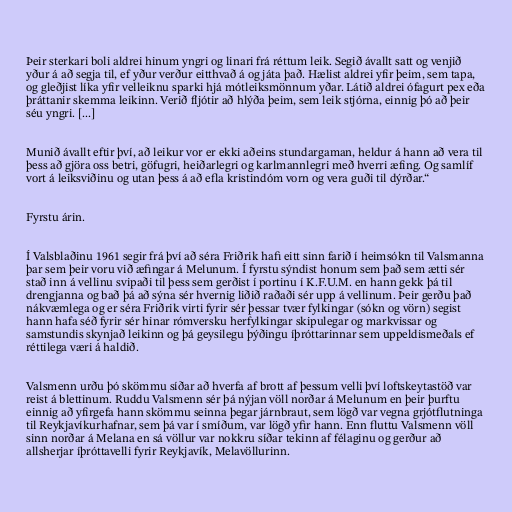
Þeir sterkari boli aldrei hinum yngri og linari frá réttum leik. Segið ávallt satt og venjið
yður á að segja til, ef yður verður eitthvað á og játa það. Hælist aldrei yfir þeim, sem tapa,
og gleðjist líka yfir velleiknu sparki hjá mótleiksmönnum yðar. Látið aldrei ófagurt pex eða
þráttanir skemma leikinn. Verið fljótir að hlýða þeim, sem leik stjórna, einnig þó að þeir
séu yngri. [...]

Munið ávallt eftir því, að leikur vor er ekki aðeins stundargaman, heldur á hann að vera til
þess að gjöra oss betri, göfugri, heiðarlegri og karlmannlegri með hverri æfing. Og samlíf
vort á leiksviðinu og utan þess á að efla kristindóm vorn og vera guði til dýrðar.“

Fyrstu árin.

Í Valsblaðinu 1961 segir frá því að séra Friðrik hafi eitt sinn farið í heimsókn til Valsmanna
þar sem þeir voru við æfingar á Melunum. Í fyrstu sýndist honum sem það sem ætti sér
stað inn á vellinu svipaði til þess sem gerðist í portinu í K.F.U.M. en hann gekk þá til
drengjanna og bað þá að sýna sér hvernig liðið raðaði sér upp á vellinum. Þeir gerðu það
nákvæmlega og er séra Friðrik virti fyrir sér þessar tvær fylkingar (sókn og vörn) segist
hann hafa séð fyrir sér hinar rómversku herfylkingar skipulegar og markvissar og
samstundis skynjað leikinn og þá geysilegu þýðingu íþróttarinnar sem uppeldismeðals ef
réttilega væri á haldið.

Valsmenn urðu þó skömmu síðar að hverfa af brott af þessum velli því loftskeytastöð var
reist á blettinum. Ruddu Valsmenn sér þá nýjan völl norðar á Melunum en þeir þurftu
einnig að yfirgefa hann skömmu seinna þegar járnbraut, sem lögð var vegna grjótflutninga
til Reykjavíkurhafnar, sem þá var í smíðum, var lögð yfir hann. Enn fluttu Valsmenn völl
sinn norðar á Melana en sá völlur var nokkru síðar tekinn af félaginu og gerður að
allsherjar íþróttavelli fyrir Reykjavík, Melavöllurinn.